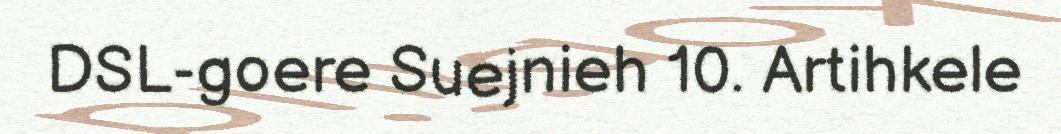
DSL-goere Suejnieh 10. Artihkele